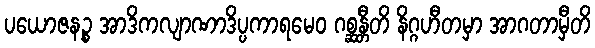
ပယောဇနဉ္စ အာဒိကလျာဏာဒိပ္ပကာရမေဝ ဂစ္ဆန္တီတိ နိဂ္ဂဟီတမှာ အာဂတာမှီတိ